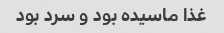
غذا ماسیده بود و سرد بود